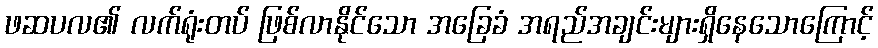
ဖဆပလ၏ လက်ရုံးတပ် ဖြစ်လာနိုင်သော အခြေခံ အရည်အချင်းများရှိနေသောကြောင့်